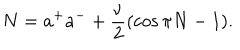
N = a ^ { + } a ^ { - } + \frac { \nu } { 2 } ( \cos \pi N - 1 ) .